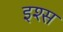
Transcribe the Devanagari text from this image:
इश्स